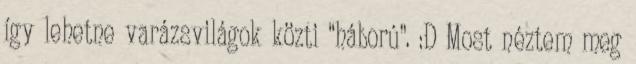
így lehetne varázsvilágok közti “háború”. :D Most néztem meg